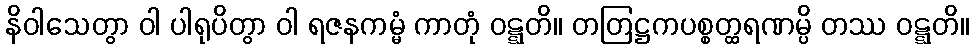
နိဝါသေတွာ ဝါ ပါရုပိတွာ ဝါ ရဇနကမ္မံ ကာတုံ ဝဋ္ဋတိ။ တတြဋ္ဌကပစ္စတ္ထရဏမ္ပိ တဿ ဝဋ္ဋတိ။